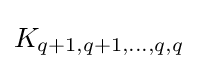
K_{q+1,q+1,\ldots ,q,q}